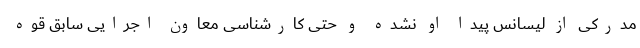
مدرکی از لیسانس پیدا او نشده و حتی کارشناسی معاون اجرایی سابق قوه